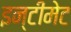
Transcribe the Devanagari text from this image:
इन्टीमेट